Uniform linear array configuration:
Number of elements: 8
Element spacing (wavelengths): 1
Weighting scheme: binomial
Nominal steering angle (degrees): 0
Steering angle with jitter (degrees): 0.2102
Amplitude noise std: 0.05
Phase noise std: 0.05

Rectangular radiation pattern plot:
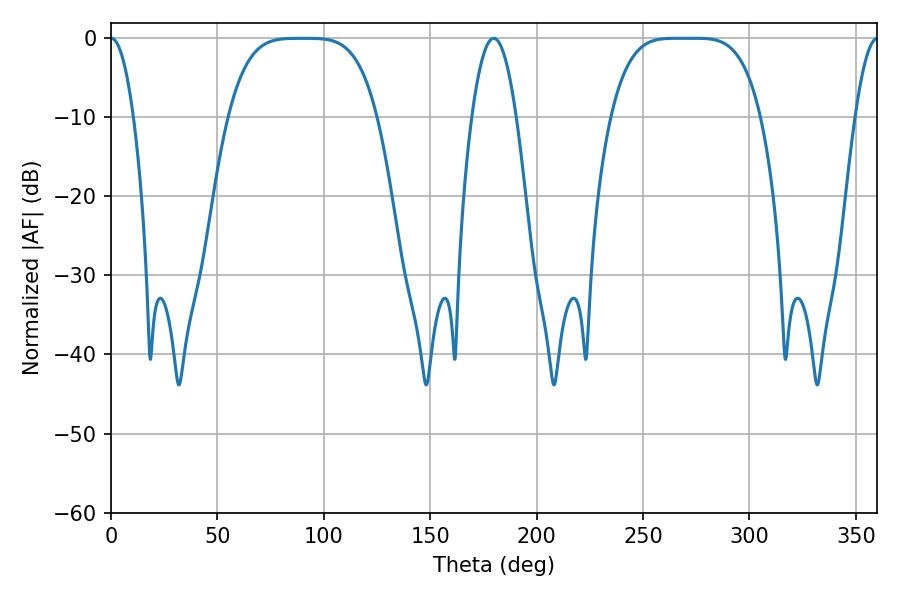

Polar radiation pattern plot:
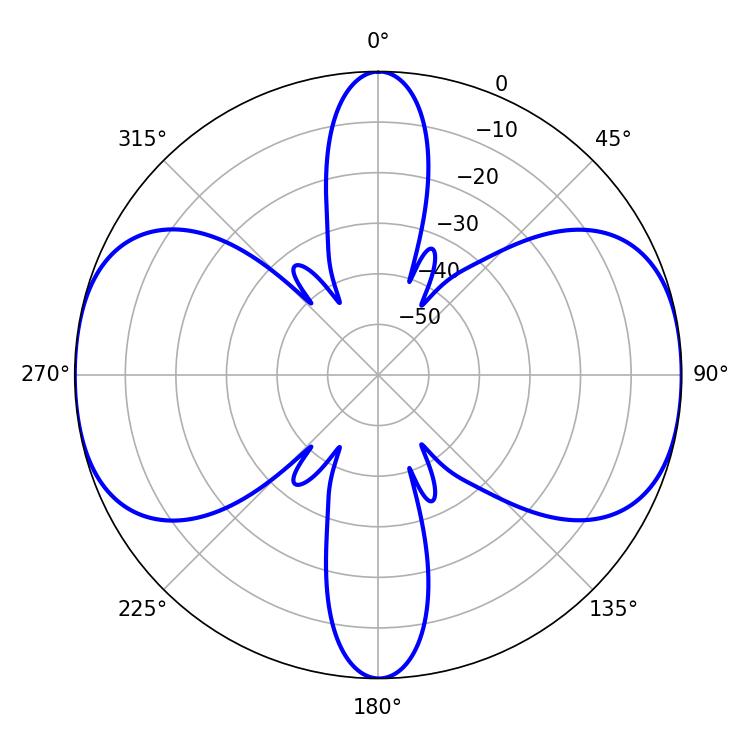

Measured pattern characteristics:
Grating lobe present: TRUE
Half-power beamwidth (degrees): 52.56
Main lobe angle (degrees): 265.68